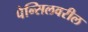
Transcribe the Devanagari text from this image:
पेन्सिलवरील